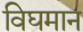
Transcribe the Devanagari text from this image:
विघमान